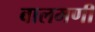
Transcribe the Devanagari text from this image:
बालमणी